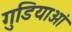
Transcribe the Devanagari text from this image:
गुडियाओं